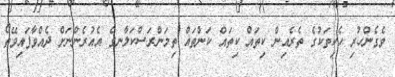
ވެގެންހުރި ހެކިތަކުގެ ތެރެއިން ކިިތައް ކިތައް ކަންތައް ތިމަންރަސްކަލާނގެ އެއުރެންނަށް ދެއްވާފައިވޭތޯ